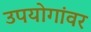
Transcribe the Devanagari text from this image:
उपयोगांवर